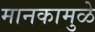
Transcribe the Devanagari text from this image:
मानकामुळे